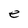
Character: e